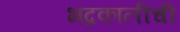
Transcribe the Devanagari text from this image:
भद्रकालीची